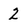
Character: 2